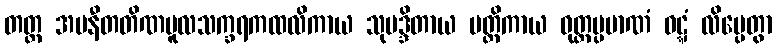
တတ္ထ အပနီတတိဏမူလသက္ခရကထလိကာယ သုမဒ္ဒိတာယ မတ္တိကာယ ဝုတ္တပ္ပမာဏံ ဝဋ္ဋံ လိမ္ပေတွာ